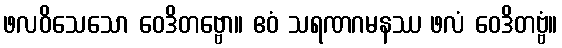
ဖလဝိသေသော ဝေဒိတဗ္ဗော။ ဧဝံ သရဏဂမနဿ ဖလံ ဝေဒိတဗ္ဗံ။